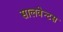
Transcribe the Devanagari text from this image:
सालवेन्टस